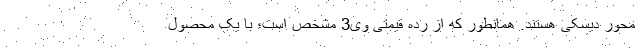
محور دیسکی هستند. همانطور که از رده قیمتی وی3 مشخص است؛ با یک محصول